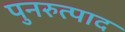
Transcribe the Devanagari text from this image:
पुनरुत्पाद